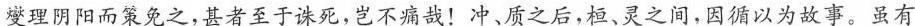
燮理阴阳而策免之，甚若至于诛死，岂不痛哉！冲，质之后，桓、灵之间，因循以为故事。虽有